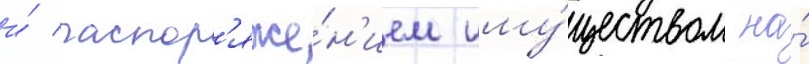
и́ распор'яже́н'ием иму́ществом на́